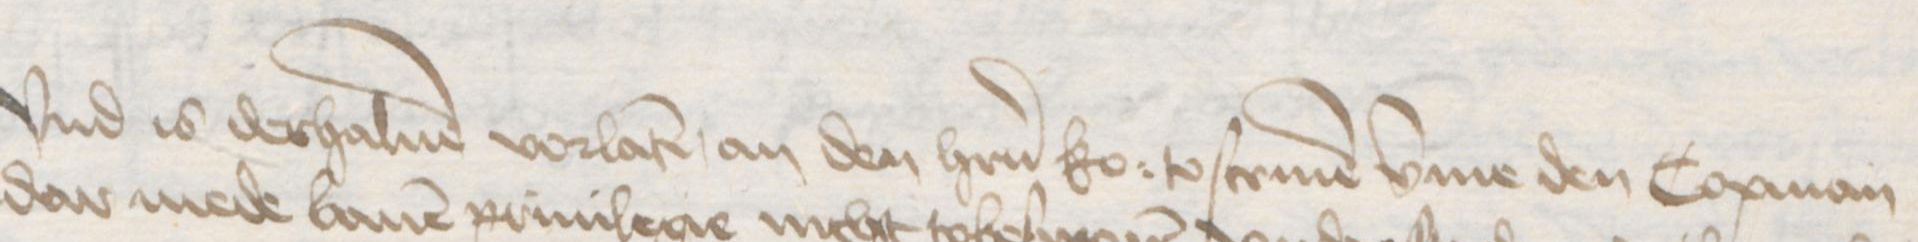
Vnd is derhaluen vorlaten, an den herrn ko: to scriuen vmme den Copman